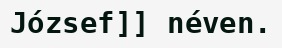
József]] néven.